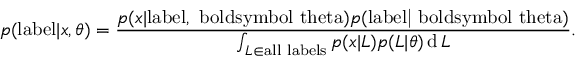
p ( \mathrm { { l a b e l } } | { \boldsymbol { x } } , { \boldsymbol { \theta } } ) = { \frac { p ( { { \boldsymbol { x } } | \mathrm { { l a b e l , { \ b o l d s y m b o l { \ t h e t a } } } } } ) p ( \mathrm { { l a b e l | { \ b o l d s y m b o l { \ t h e t a } } } } ) } { \int _ { L \in { \mathrm { a l l ~ l a b e l s } } } p ( { \boldsymbol { x } } | L ) p ( L | { \boldsymbol { \theta } } ) \operatorname { d } L } } .